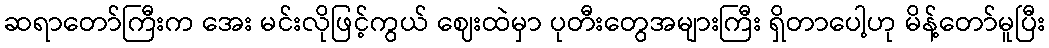
ဆရာတော်ကြီးက အေး မင်းလိုဖြင့်ကွယ် ဈေးထဲမှာ ပုတီးတွေအများကြီး ရှိတာပေါ့ဟု မိန့်တော်မူပြီး